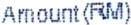
AMOUNT(RM)